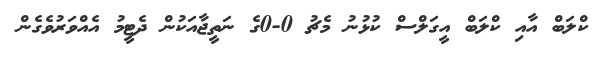
ކްލަބް އާއި ކްލަބް އީގަލްސް ކުޅުނު މެޗު 0-0ގެ ނަތީޖާއަކުން ދެޓީމު އެއްވަރުވެގެން